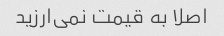
اصلا به قیمت نمی‌ارزید